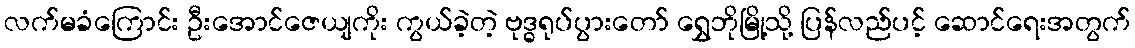
လက်မခံကြောင်း ဦးအောင်ဇေယျကိုး ကွယ်ခဲ့တဲ့ ဗုဒ္ဓရုပ်ပွားတော် ရွှေဘိုမြို့သို့ ပြန်လည်ပင့် ဆောင်ရေးအတွက်